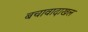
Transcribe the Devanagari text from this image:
बचावादाखल